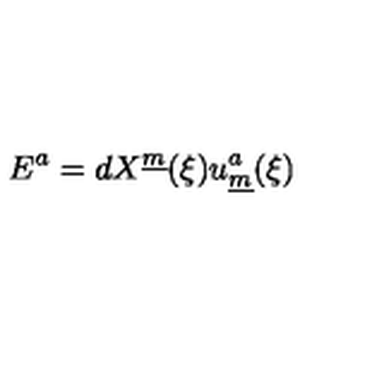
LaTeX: E ^ { a } = d X ^ { \underline { { m } } } ( \xi ) u _ { \underline { { m } } } ^ { a } ( \xi )